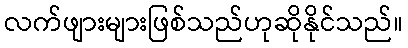
လက်ဖျားများဖြစ်သည်ဟုဆိုနိုင်သည်။